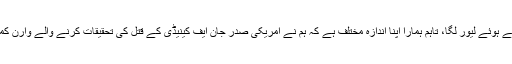
اب تک اصرار یہی ہے کہ گرتے ہوئے لیور لگا، تاہم ہمارا اپنا اندازہ مختلف ہے کہ ہم نے امریکی صدر جان ایف کینیڈی کے قتل کی تحقیقات کرنے والے وارن کمشن کی رپورٹ پڑھ رکھی ہے۔